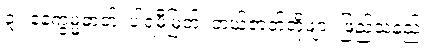
၃။ နေက္ခမ္မဓာတ်၊ ပါရမီမြတ်၊ ဘယ်ဇာတ်တို့ဖျား ဖြည့်သနည်း။